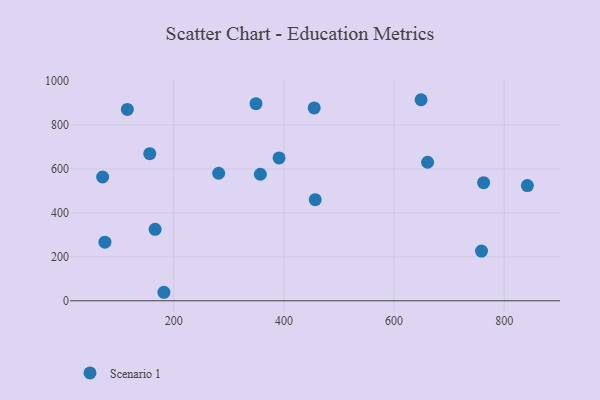
{"axis": {"x": "Ad Spend", "y": "Salary"}, "legend": ["Scenario 1"], "data": [{"x": "281.5", "y": 580.3, "type": "Scenario 1"}, {"x": "156.4", "y": 669.2, "type": "Scenario 1"}, {"x": "391.2", "y": 649.9, "type": "Scenario 1"}, {"x": "75.0", "y": 266.6, "type": "Scenario 1"}, {"x": "182.1", "y": 38.7, "type": "Scenario 1"}, {"x": "649.1", "y": 914.8, "type": "Scenario 1"}, {"x": "660.9", "y": 630.3, "type": "Scenario 1"}, {"x": "115.7", "y": 870.6, "type": "Scenario 1"}, {"x": "357.2", "y": 575.6, "type": "Scenario 1"}, {"x": "166.1", "y": 325.3, "type": "Scenario 1"}, {"x": "456.9", "y": 460.2, "type": "Scenario 1"}, {"x": "70.8", "y": 563.3, "type": "Scenario 1"}, {"x": "758.8", "y": 226.3, "type": "Scenario 1"}, {"x": "349.3", "y": 897.0, "type": "Scenario 1"}, {"x": "455.0", "y": 877.5, "type": "Scenario 1"}, {"x": "842.1", "y": 524.0, "type": "Scenario 1"}, {"x": "762.6", "y": 537.4, "type": "Scenario 1"}]}